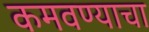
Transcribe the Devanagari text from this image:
कमवण्याचा